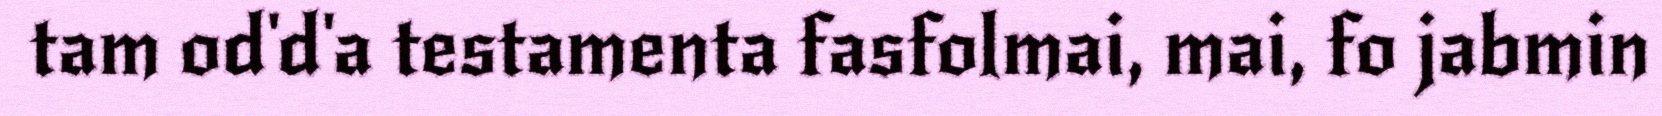
tam od'd'a testamenta fasfolmai, mai, fo jabmin